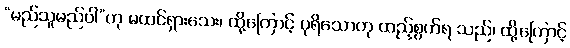
“မည်သူမည်ဝါ”ဟု မထင်ရှားသေး၊ ထို့ကြောင့် ပုရိသောဟု ထည့်စွက်ရ သည်၊ ထို့ကြောင့်